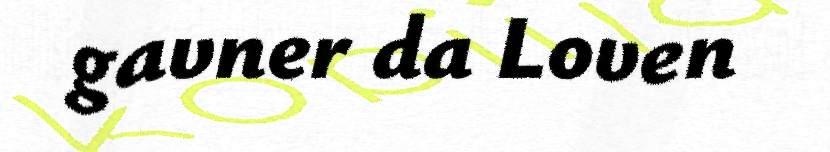
gavner da Loven